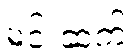
မင်းဆက်